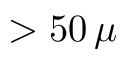
> 5 0 \, \mu